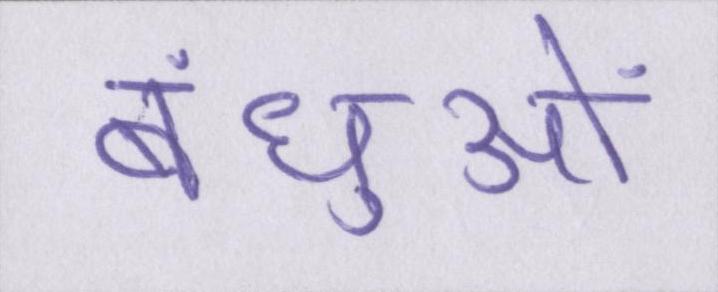
बंधुओं